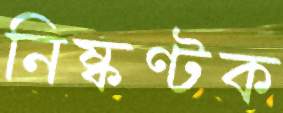
নিষ্কণ্টক